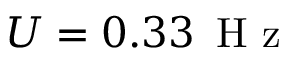
U = 0 . 3 3 \, \mathrm { ~ H ~ z ~ }